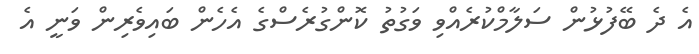
އެ ދެ ބޭފުޅުން ސަލާމްކުރެއްވި ވަގުތު ކޮންގުރެސްގެ އެހެން ބައިވެރިން ވަނީ އެ